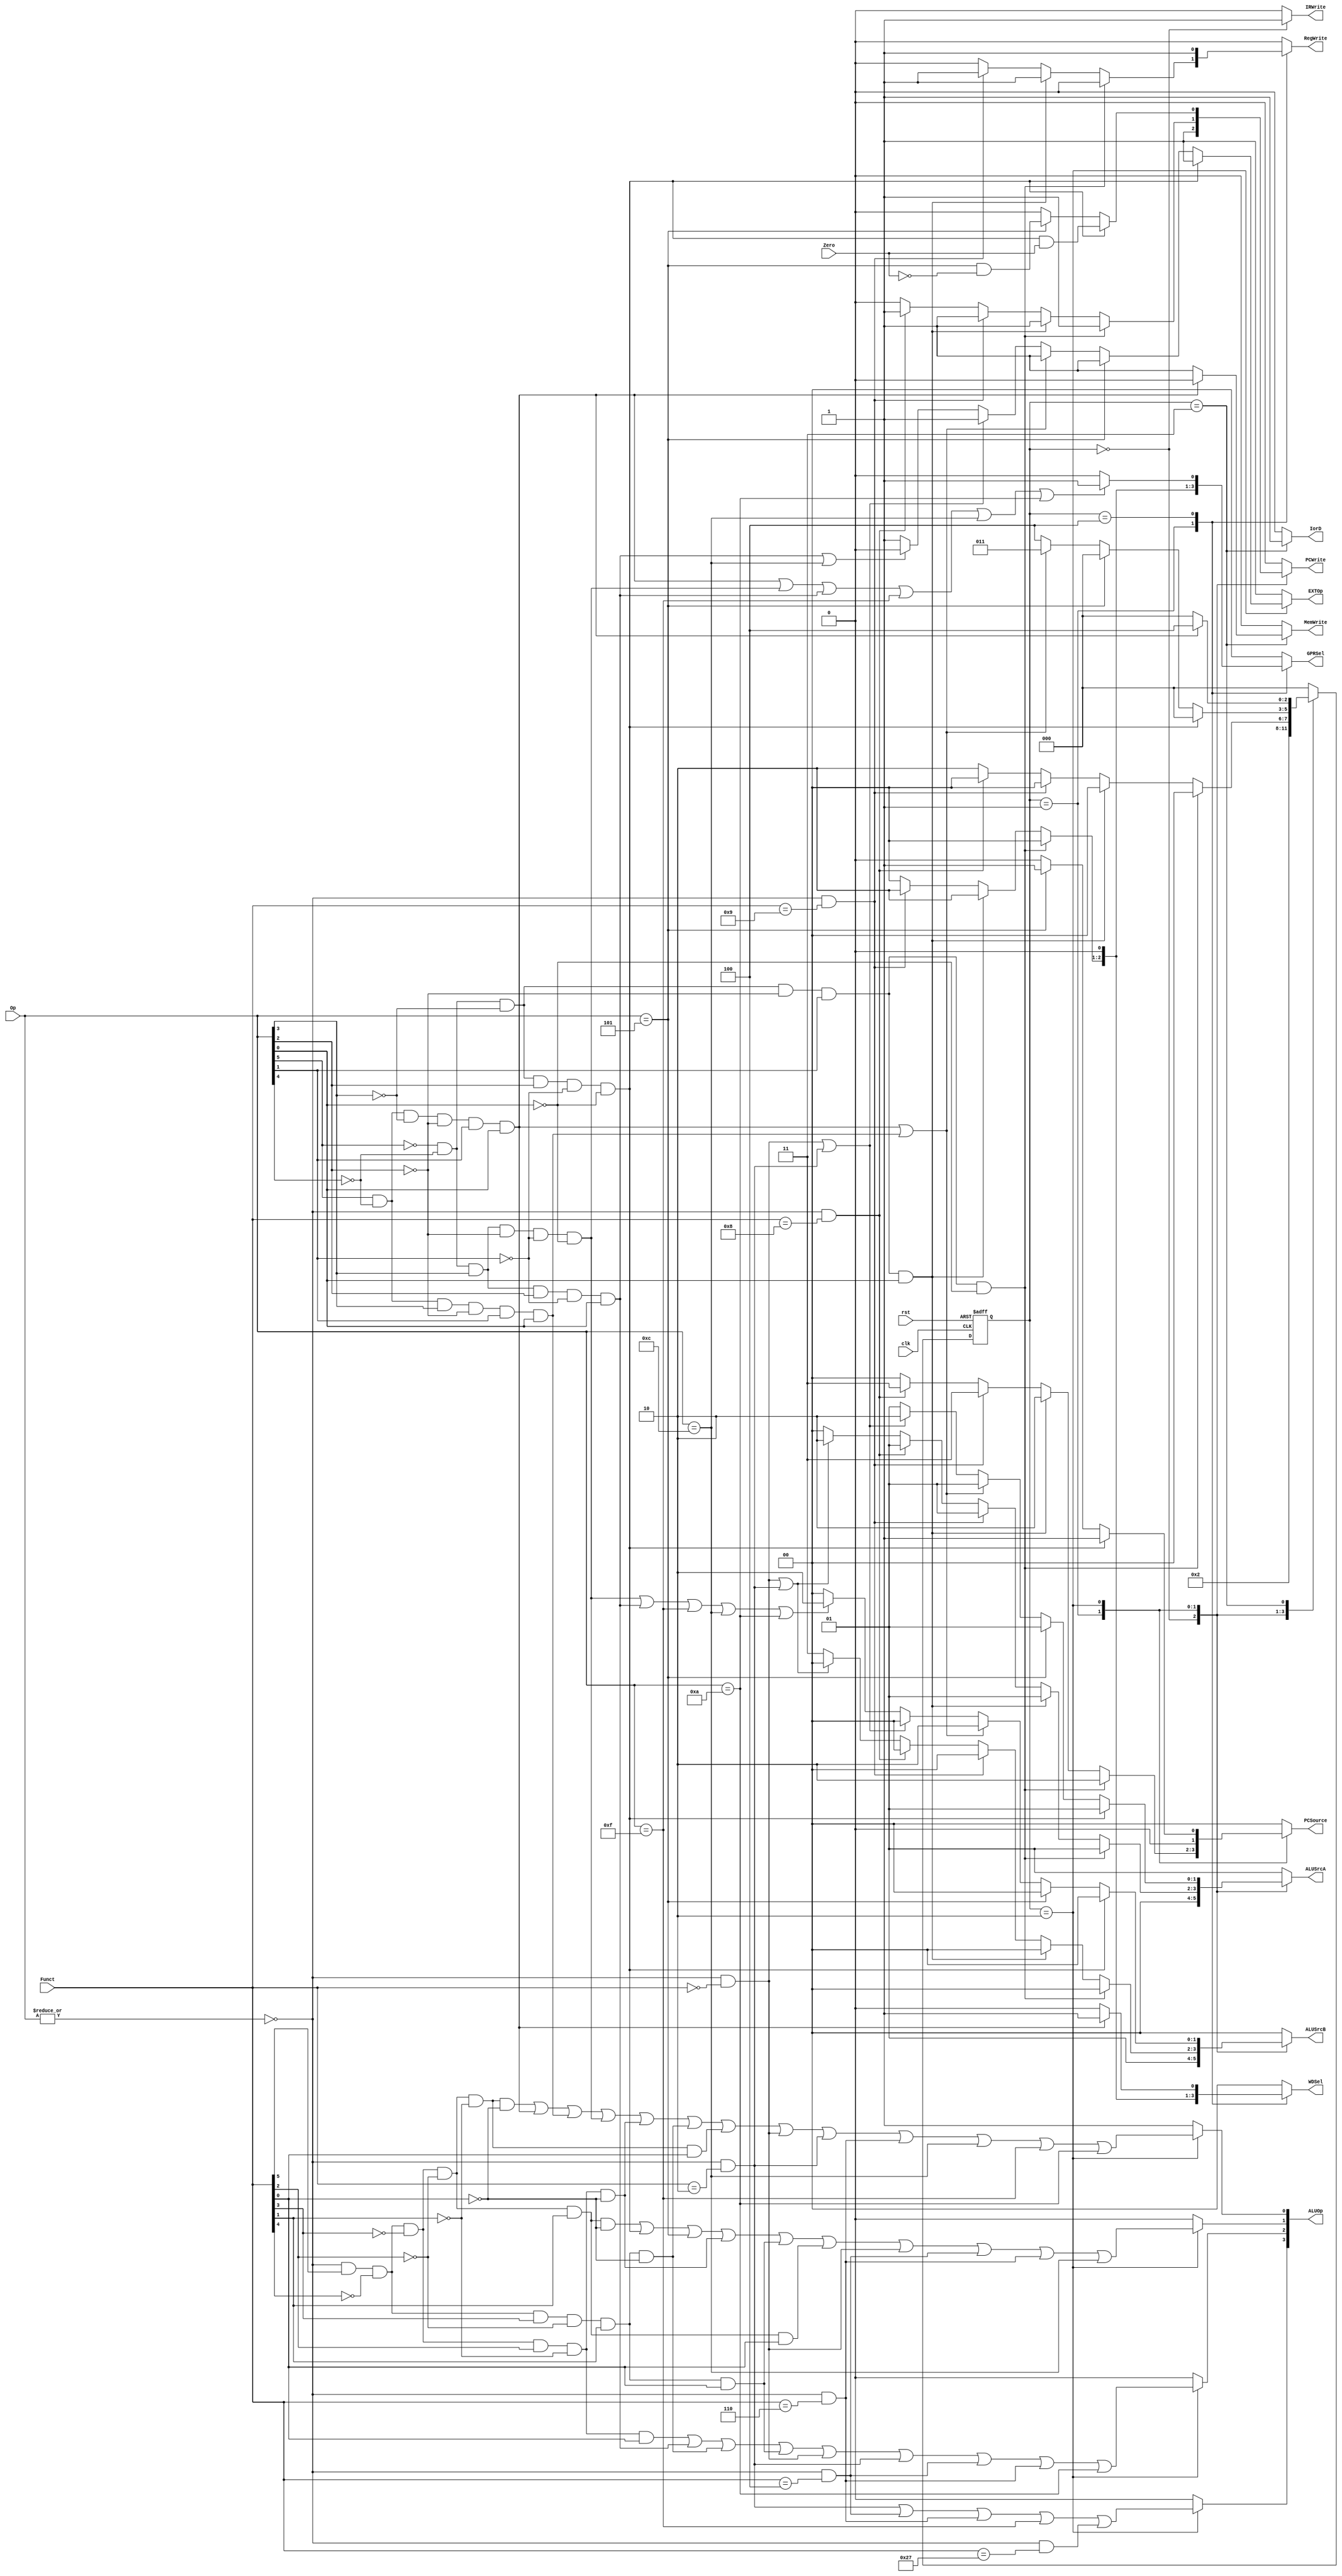
//`include "ctrl_encode_def.v"


module ctrl(clk, rst, Zero, Op, Funct,
            RegWrite, MemWrite, PCWrite, IRWrite,
            EXTOp, ALUOp, PCSource, ALUSrcA, ALUSrcB, 
            GPRSel, WDSel, IorD);
    
   input  clk, rst, Zero;
   input  [5:0] Op;       // opcode
   input  [5:0] Funct;    // funct
   output reg       RegWrite; // control signal for register write
   output reg       MemWrite; // control signal for memory write
   output reg       PCWrite;  // control signal for PC write
   output reg       IRWrite;  // control signal for IR write
   output reg       EXTOp;    // control signal to signed extension
   output reg [1:0] ALUSrcA;  // ALU source for A, 0 - PC, 1 - ReadData1, 2 - shamt
   output reg [1:0] ALUSrcB;  // ALU source for B, 0 - ReadData2, 1 - 4, 2 - extended immediate, 3 - branch offset
   output reg [3:0] ALUOp;    // ALU opertion
   output reg [1:0] PCSource; // PC source, 0- ALU, 1-ALUOut, 2-JUMP address
   output reg [1:0] GPRSel;   // general purpose register selection
   output reg [1:0] WDSel;    // (register) write data selection
   output reg       IorD;     // 0-memory access for instruction, 1 - memory access for data
   
   // GPRSel_RD   2'b00
   // GPRSel_RT   2'b01
   // GPRSel_31   2'b10
  
   // WDSel_FromALU 2'b00
   // WDSel_FromMEM 2'b01
   // WDSel_FromPC  2'b10
  
    // ALU control signal
    // ALU_NOP   4'b0000 
    // ALU_ADD   4'b0001
    // ALU_SUB   4'b0010 
    // ALU_AND   4'b0011
    // ALU_OR    4'b0100
    // ALU_SLT   4'b0101
    // ALU_SLTU  4'b0110
    // ALU_SLL   4'b0111
    // ALU_NOR   4'b1000
    // ALU_LUI   4'b1001
    // ALU_XOR   4'b1010
    // ALU_SRA   4'b1011
    // ALU_SRAV  4'b1100
    // ALU_SRL   4'b1101
    // ALU_SLLV  4'b1110
    // ALU_SRLV  4'b1111

   parameter  [2:0] sif  = 3'b000,                // IF  state
                    sid  = 3'b001,                // ID  state
                    sexe = 3'b010,                // EXE state
                    smem = 3'b011,                // MEM state
                    swb  = 3'b100;                // WB  state
  // r format
   wire rtype  = ~|Op;
   wire i_add  = rtype& Funct[5]&~Funct[4]&~Funct[3]&~Funct[2]&~Funct[1]&~Funct[0]; // add
   wire i_sub  = rtype& Funct[5]&~Funct[4]&~Funct[3]&~Funct[2]& Funct[1]&~Funct[0]; // sub
   wire i_and  = rtype& Funct[5]&~Funct[4]&~Funct[3]& Funct[2]&~Funct[1]&~Funct[0]; // and
   wire i_or   = rtype& Funct[5]&~Funct[4]&~Funct[3]& Funct[2]&~Funct[1]& Funct[0]; // or
   wire i_slt  = rtype& Funct[5]&~Funct[4]& Funct[3]&~Funct[2]& Funct[1]&~Funct[0]; // slt
   wire i_sltu = rtype& Funct[5]&~Funct[4]& Funct[3]&~Funct[2]& Funct[1]& Funct[0]; // sltu
   wire i_addu = rtype& Funct[5]&~Funct[4]&~Funct[3]&~Funct[2]&~Funct[1]& Funct[0]; // addu
   wire i_subu = rtype& Funct[5]&~Funct[4]&~Funct[3]&~Funct[2]& Funct[1]& Funct[0]; // subu
   wire i_nor  = rtype && Funct == 6'b100111;  // nor
   wire i_sll  = rtype && Funct == 6'b000000;  // sll
   wire i_srl  = rtype && Funct == 6'b000010;  // srl
   wire i_sllv = rtype && Funct == 6'b000100;  // sllv
   wire i_srlv = rtype && Funct == 6'b000110;  // srlv
   wire i_jr   = rtype && Funct == 6'b001000;  // jr
   wire i_jalr = rtype && Funct == 6'b001001;  // jalr
  
  // i format
   wire i_addi = ~Op[5]&~Op[4]& Op[3]&~Op[2]&~Op[1]&~Op[0]; // addi
   wire i_ori  = ~Op[5]&~Op[4]& Op[3]& Op[2]&~Op[1]& Op[0]; // ori
   wire i_lw   =  Op[5]&~Op[4]&~Op[3]&~Op[2]& Op[1]& Op[0]; // lw
   wire i_sw   =  Op[5]&~Op[4]& Op[3]&~Op[2]& Op[1]& Op[0]; // sw
   wire i_beq  = ~Op[5]&~Op[4]&~Op[3]& Op[2]&~Op[1]&~Op[0]; // beq
   wire i_andi = Op == 6'b001100;  // andi
   wire i_lui  = Op == 6'b001111;  // lui
   wire i_slti = Op == 6'b001010;  // slti
   wire i_bne  = Op == 6'b000101;  // bne

  // j format
   wire i_j    = ~Op[5]&~Op[4]&~Op[3]&~Op[2]& Op[1]&~Op[0];  // j
   wire i_jal  = ~Op[5]&~Op[4]&~Op[3]&~Op[2]& Op[1]& Op[0];  // jal

  /*************************************************/
  /******               FSM                   ******/
   reg [2:0] nextstate;
   reg [2:0] state;
   
   always @(posedge clk or posedge rst) begin
     if ( rst )
       state <= sif;
     else
       state <= nextstate;
   end // end always

  /*************************************************/
  /******         Control Signal              ******/
   always @(*) begin
     RegWrite = 0;
     MemWrite = 0;
     PCWrite  = 0;
     IRWrite  = 0;
     EXTOp    = 1;           // signed extension
     ALUSrcA  = 2'b01;           // 1 - ReadData1
     ALUSrcB  = 2'b00;       // 0 - ReadData2
     ALUOp    = 4'b0001;      // ALU_ADD       3'b001
     GPRSel   = 2'b00;       // GPRSel_RD     2'b00
     WDSel    = 2'b00;       // WDSel_FromALU 2'b00
     PCSource = 2'b00;       // PC + 4 (ALU)
     IorD     = 0;           // 0-memory access for instruction

     case (state)
         sif: begin
           PCWrite = 1;
           IRWrite = 1;
           ALUSrcA = 2'b00;  // PC
           ALUSrcB = 2'b01;  // 4
           nextstate = sid;
         end
         
         sid: begin
           if (i_j) begin
             PCSource = 2'b10; // JUMP address
             PCWrite = 1;
             nextstate = sif;
           end else if (i_jal) begin
             PCSource = 2'b10; // JUMP address
             PCWrite = 1;
             RegWrite = 1;
             WDSel = 2'b10;    // WDSel_FromPC  2'b10 
             GPRSel = 2'b10;   // GPRSel_31     2'b10
             nextstate = sif;
           end else if(i_jalr) begin
             PCSource = 2'b11;
             PCWrite = 1;
             RegWrite = 1;
             WDSel = 2'b10;
             GPRSel = 2'b10;
             nextstate = sif;
           end else if ( i_jr ) begin
             PCSource = 2'b11; // JUMP address
             PCWrite = 1; 
             nextstate = sif; 
           end else if ( i_sll | i_srl ) begin
             ALUSrcA = 2'b10;       // shamt
             nextstate = sexe;
           end else begin
             ALUSrcA = 2'b00;       // PC
             ALUSrcB = 2'b11;   // branch offset
             nextstate = sexe;
           end
         end
         
         sexe: begin
           ALUOp[0] = i_add | i_lw | i_sw | i_addi | i_and | i_slt | i_addu | i_sll  | i_srl | i_srlv | i_andi | i_lui | i_slti;
           ALUOp[1] = i_sub | i_beq | i_bne | i_and | i_sltu | i_subu | i_sll | i_sllv | i_srlv | i_andi;
           ALUOp[2] = i_or | i_ori | i_slt | i_sltu | i_sll | i_srl | i_sllv | i_srlv | i_slti;
           ALUOp[3] = i_srl | i_sllv | i_srlv | i_lui | i_nor;
           if (i_beq) begin
             PCSource = 2'b01; // ALUout, branch address
             PCWrite = i_beq & Zero;
             nextstate = sif;
           end else if (i_bne) begin
             PCSource = 2'b01; // ALUout, branch address
             PCWrite = i_bne & (~Zero);
             nextstate = sif;
           end else if (i_lw || i_sw) begin
             ALUSrcB = 2'b10; // select offset
             nextstate = smem;
           end else if (i_sll || i_srl) begin
             ALUSrcA = 2'b10; // select offset
             nextstate = swb;
           end else begin
             if (i_addi || i_ori || i_lui || i_andi || i_slti)
               ALUSrcB = 2'b10; // select immediate
             if (i_ori || i_andi)
               EXTOp = 0; // zero extension
             nextstate = swb;
           end
         end

         smem: begin
           IorD = 1;  // memory address  = ALUout
           if (i_lw) begin
             nextstate = swb;
           end else begin  // i_sw
             MemWrite = 1;
             nextstate = sif;
           end
         end
         
         swb: begin
           if (i_lw) begin
             WDSel = 2'b01;     // WDSel_FromMEM 2'b01
             end
           if (i_lw | i_addi | i_ori | i_lui | i_andi | i_slti) begin
             GPRSel = 2'b01;    // GPRSel_RT     2'b01
             end
           RegWrite = 1;
           nextstate = sif;
         end

         default: begin
           nextstate = sif;
         end
      
     endcase
   end // end always
   
endmodule